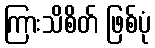
ကြားသိစိတ် ဖြစ်ပုံ